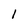
Character: I